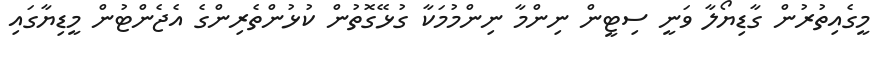
މީގެއިތުރުން ގާޑިޔޯލާ ވަނީ ސިޓީން ނިންމާ ނިންމުމަކާ ގުޅޭގޮތުން ކުޅުންތެރިންގެ އެޖެންޓުން މީޑިޔާގައި